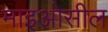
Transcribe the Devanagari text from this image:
माइओसील